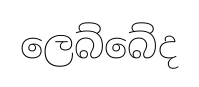
ලෙබ්බේද